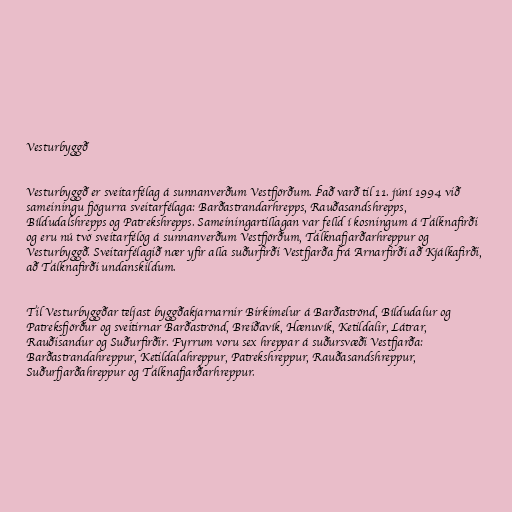
Vesturbyggð

Vesturbyggð er sveitarfélag á sunnanverðum Vestfjörðum. Það varð til 11. júní 1994 við
sameiningu fjögurra sveitarfélaga: Barðastrandarhrepps, Rauðasandshrepps,
Bíldudalshrepps og Patrekshrepps. Sameiningartillagan var felld í kosningum á Tálknafirði
og eru nú tvö sveitarfélög á sunnanverðum Vestfjörðum, Tálknafjarðarhreppur og
Vesturbyggð. Sveitarfélagið nær yfir alla suðurfirði Vestfjarða frá Arnarfirði að Kjálkafirði,
að Tálknafirði undanskildum.

Til Vesturbyggðar teljast byggðakjarnarnir Birkimelur á Barðaströnd, Bíldudalur og
Patreksfjörður og sveitirnar Barðaströnd, Breiðavík, Hænuvík, Ketildalir, Látrar,
Rauðisandur og Suðurfirðir. Fyrrum voru sex hreppar á suðursvæði Vestfjarða:
Barðastrandahreppur, Ketildalahreppur, Patrekshreppur, Rauðasandshreppur,
Suðurfjarðahreppur og Tálknafjarðarhreppur.